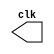
 // -------------------------
// Exemplo0041  CLOCK
// Nome: Luis Vasconcelos Dias	
// -------------------------

// --------------------------- 
// -- test clock generator (1) 
// --------------------------- 
 
module clock ( clk ); 
 output clk; 
 reg      clk; 
 
 initial 
  begin 
   clk = 1'b0; 
  end 
 
 always 
  begin 
   #12 clk = ~clk;
  end 
 
endmodule // clock ( ) 

module Exemplo0041; 
 
 wire  clk; 
 clock CLK1 ( clk ); 
 
 initial begin 
  $dumpfile ( "Exemplo041.vcd" ); 
  $dumpvars;

  #120 $finish; 
 end 
 
endmodule // Exemplo041 ( )